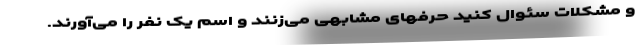
و مشکلات سئوال کنید حرفهای مشابهی می‌زنند و اسم یک نفر را می‌آورند.